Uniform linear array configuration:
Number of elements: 8
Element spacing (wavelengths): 0.5
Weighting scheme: hann
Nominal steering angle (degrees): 60
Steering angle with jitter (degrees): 59.294
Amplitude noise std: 0.05
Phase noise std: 0.05

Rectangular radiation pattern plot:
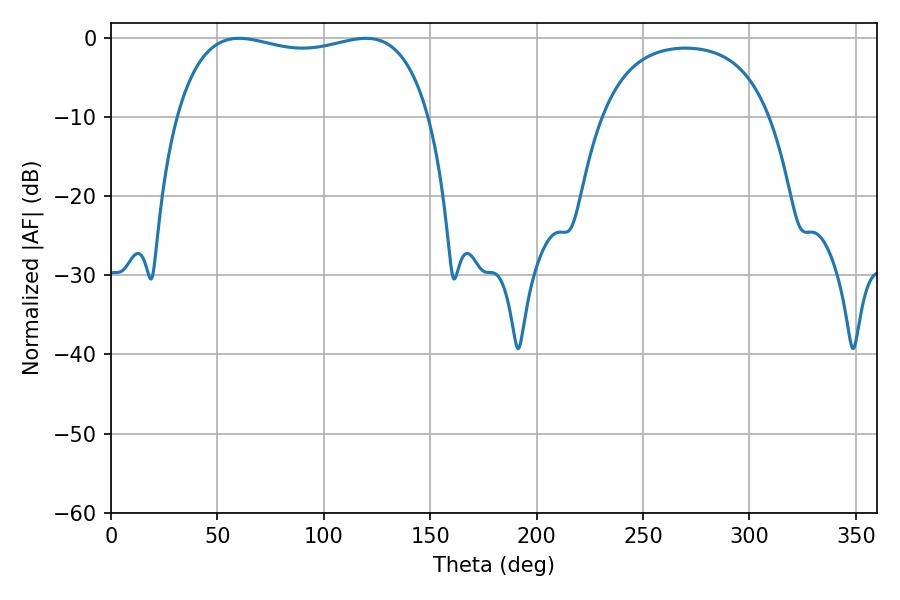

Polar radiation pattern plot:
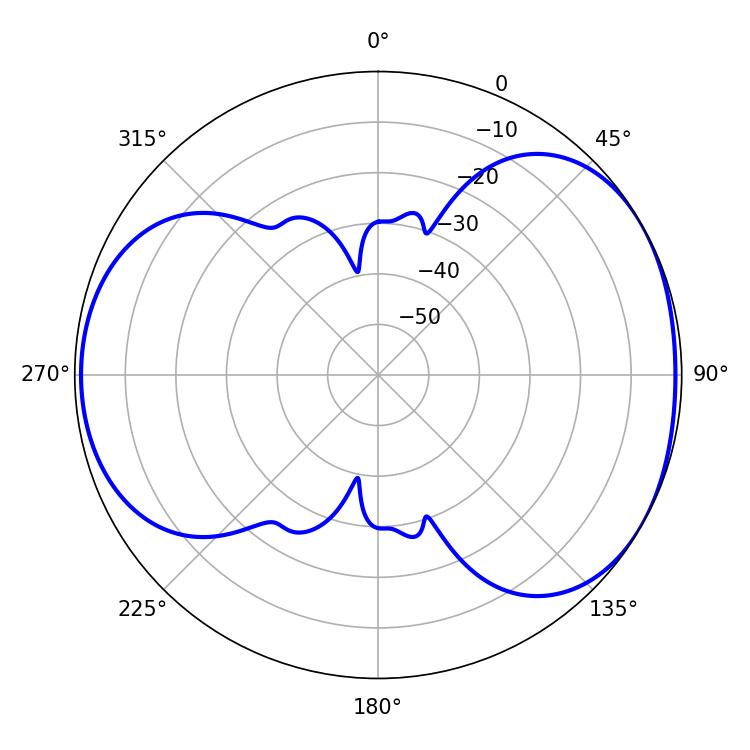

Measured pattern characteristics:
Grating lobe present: FALSE
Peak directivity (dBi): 4.691
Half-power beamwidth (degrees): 96.48
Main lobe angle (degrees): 60.12